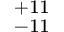
^ { + 1 1 } _ { - 1 1 }